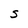
Character: S